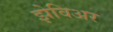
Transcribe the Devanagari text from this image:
झेविअर